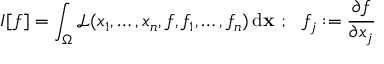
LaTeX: I [ f ] = \int _ { \Omega } { \mathcal { L } } ( x _ { 1 } , \dots , x _ { n } , f , f _ { 1 } , \dots , f _ { n } ) \, \mathrm { d } \mathbf { x } \, \! ~ ; ~ ~ f _ { j } : = { \cfrac { \partial f } { \partial x _ { j } } }